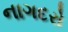
નાગદરો